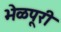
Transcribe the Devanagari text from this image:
भेळपूरी